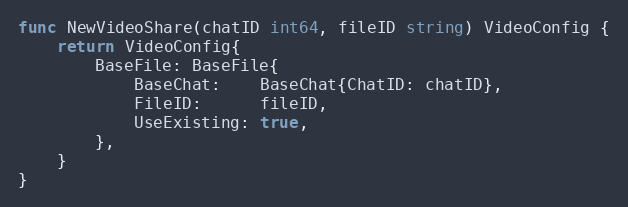
Language: Go
func NewVideoShare(chatID int64, fileID string) VideoConfig {
	return VideoConfig{
		BaseFile: BaseFile{
			BaseChat:    BaseChat{ChatID: chatID},
			FileID:      fileID,
			UseExisting: true,
		},
	}
}